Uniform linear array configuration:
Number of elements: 16
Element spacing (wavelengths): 0.25
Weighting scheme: hamming
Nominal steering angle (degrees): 45
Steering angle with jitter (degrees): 46.961
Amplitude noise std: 0.05
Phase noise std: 0.05

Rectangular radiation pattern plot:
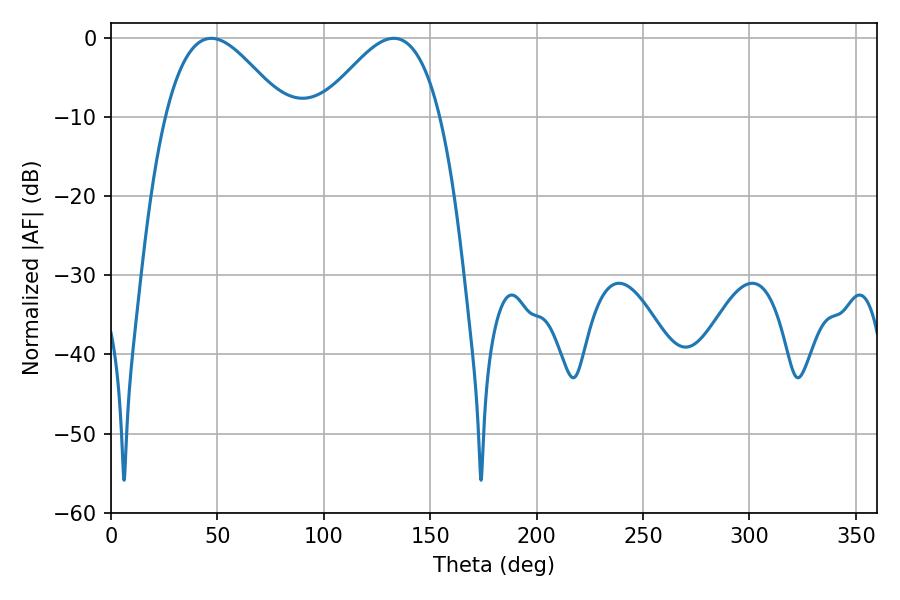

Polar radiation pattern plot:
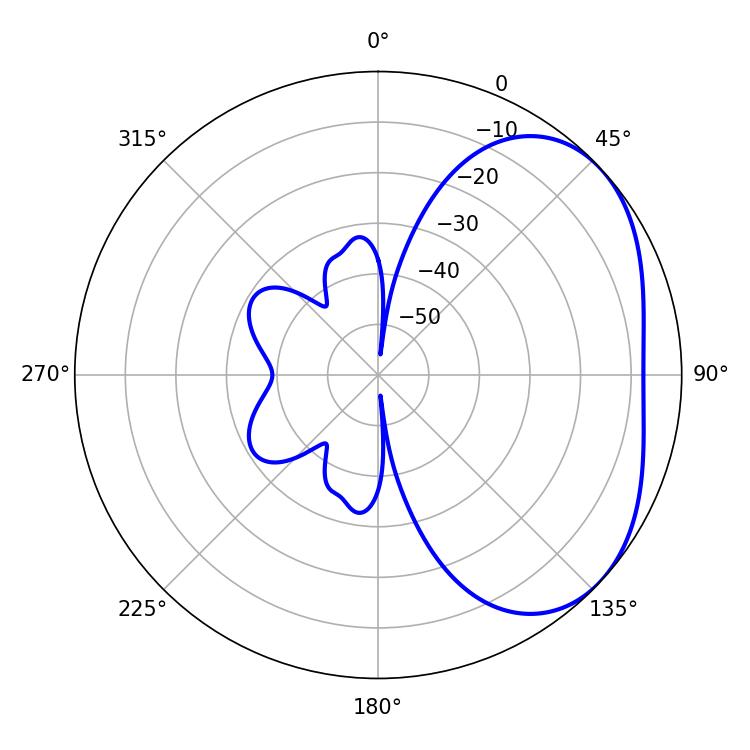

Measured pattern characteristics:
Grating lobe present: FALSE
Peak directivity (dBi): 3.402
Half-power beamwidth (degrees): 30.24
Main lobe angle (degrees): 47.16